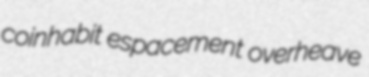
coinhabit espacement overheave